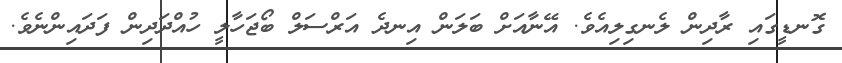
ގޮނޑީގައި ރާދިން ލެނގިލިއެވެ. އޭނާއަށް ބަލަން އިނދެ އަރްސަލް ބޯޖަހާލީ ހުއްދަދިން ފަދައިންނެވެ.